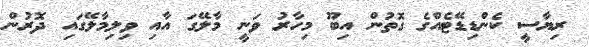
ރިޔާސީ ކެންޑިޑޭޓެއްގެ ގޮތުން އިބޫ މިހާރު ވަނީ މާލޭގަ އާއި ވިލިމާލޭގައި ދޮރުން